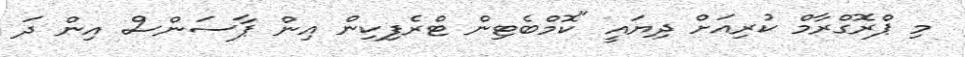
މި ޕްރޮގްރާމް ކުރިއަށް ދިޔައީ "ކޮމްބެޓިން ޓްރެފިކިން އިން ޕާސަންސް އިން ދަ